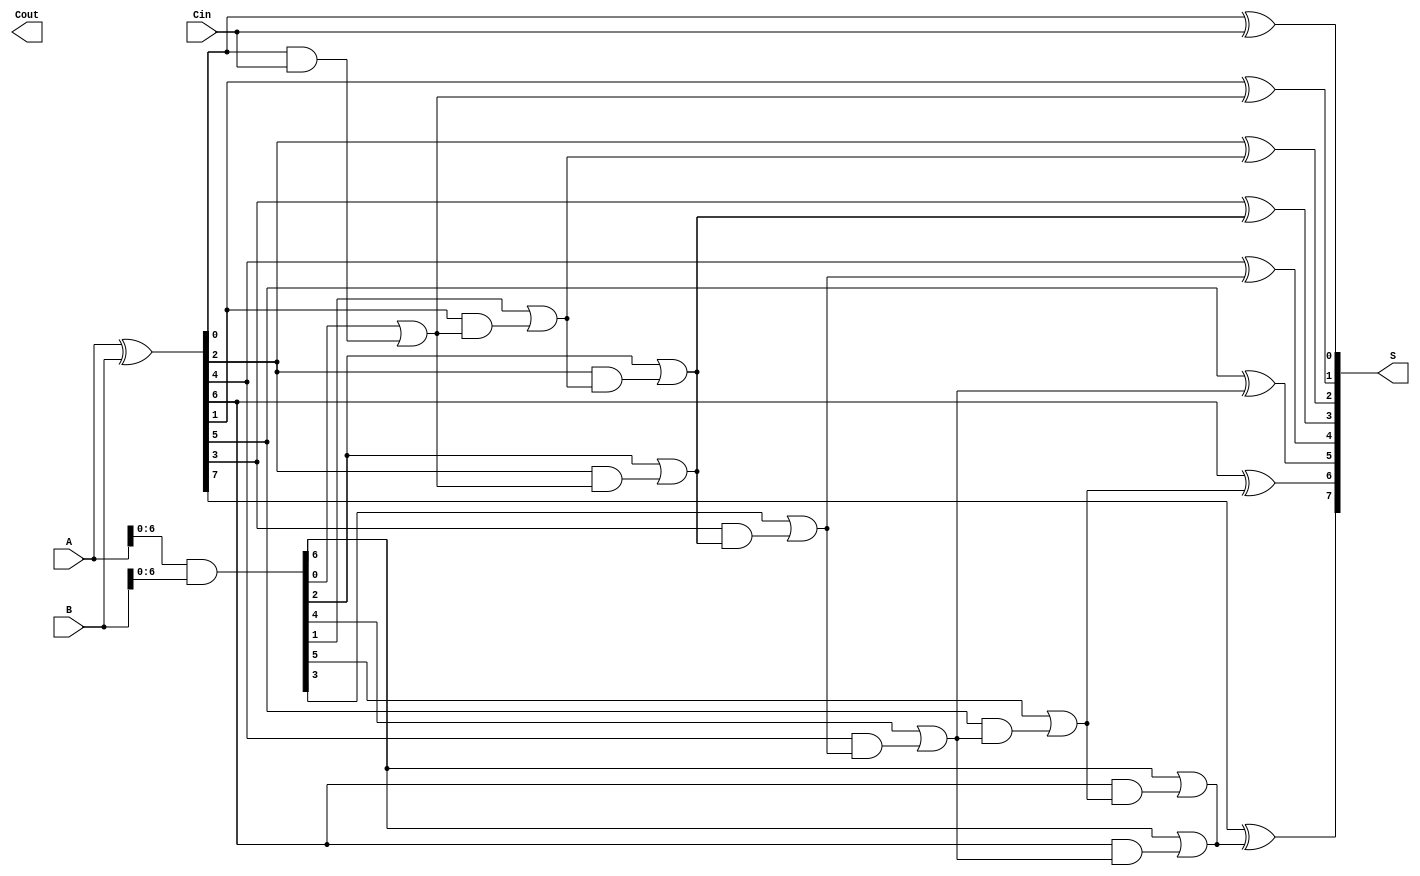
module SklanskyAdder #(parameter n = 8) (
    input [n-1:0] A,
    input [n-1:0] B,
    input Cin,
    output [n-1:0] S,
    output Cout
);

    // Generate and Propagate signals
    wire [n-1:0] G; // Generate signals
    wire [n-1:0] P; // Propagate signals
    wire [n:0] C;   // Carry signals, C[n] is the final carry out

    // Generate and Propagate logic
    assign G = A & B;
    assign P = A ^ B;

    // Initial carry-in
    assign C[0] = Cin;

    // Level 1 carry calculations (pairs)
    genvar i;
    generate
        for (i = 0; i < n; i = i + 1) begin: carry_level1
            if (i % 2 == 0) begin
                assign C[i+1] = G[i] | (P[i] & C[i]);
            end
        end
    endgenerate

    // Level 2 carry calculations (groups of 4)
    generate
        for (i = 0; i < n; i = i + 4) begin: carry_level2
            assign C[i+2] = G[i+1] | (P[i+1] & C[i+1]);
            assign C[i+3] = G[i+2] | (P[i+2] & C[i+1]);
        end
    endgenerate

    // Level 3 carry calculations (groups of 8)
    generate
        for (i = 0; i < n; i = i + 8) begin: carry_level3
            assign C[i+4] = G[i+3] | (P[i+3] & C[i+3]);
        end
    endgenerate

    // Sum calculation
    assign Cout = C[n]; // Final carry out
    generate
        for (i = 0; i < n; i = i + 1) begin: sum_calculation
            assign S[i] = P[i] ^ C[i]; // Sum bit calculation
        end
    endgenerate

endmodule